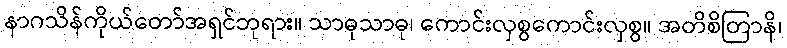
နာဂသိန်ကိုယ်တော်အရှင်ဘုရား။ သာဓုသာဓု၊ ကောင်းလှစွကောင်းလှစွ။ အတိစိတြာနိ၊